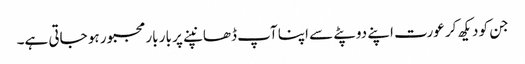
جن کو دیکھ کر عورت اپنے دوپٹے سے اپنا آپ ڈھانپنے پر بار بار مجبور ہو جاتی ہے۔